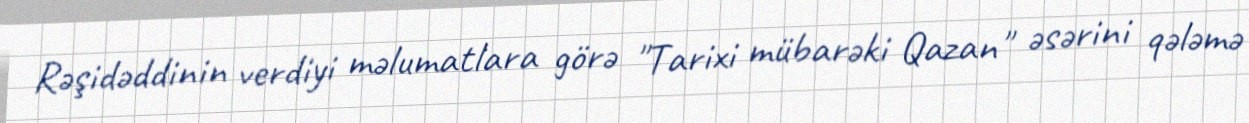
Rəşidəddinin verdiyi məlumatlara görə "Tarixi mübarəki Qazan" əsərini qələmə